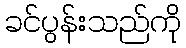
ခင်ပွန်းသည်ကို